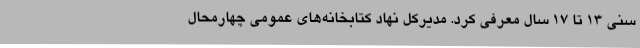
سنی 13 تا 17 سال معرفی کرد. مدیرکل نهاد کتابخانه‌های عمومی چهارمحال